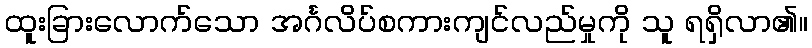
ထူးခြားလောက်သော အင်္ဂလိပ်စကားကျင်လည်မှုကို သူ ရရှိလာ၏။